Annual report on the working of the lock hospitals in the Central Provinces
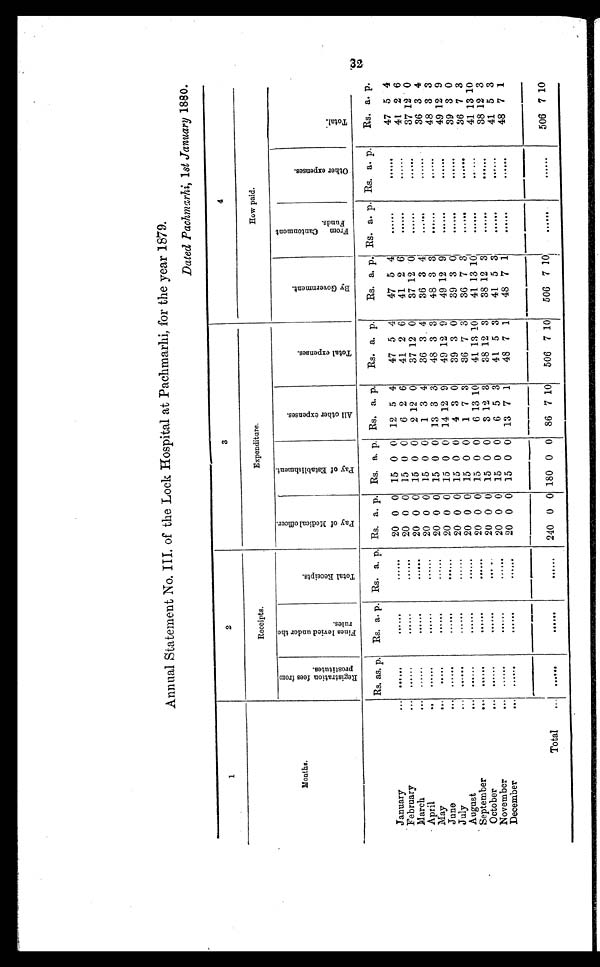
32
Annual Statement No. III, of the Lock Hospital at Pachmarhi, for the year 1879.
Dated Pachmarhi, 1st January 1880.
1
2
3
4
M o n t h s
Receipts.
Expenditure.
How paid.
R e g i s t r a t i o n f e e s f r o m p r o s t i t u t e s .
F i n e s l e v i e d u n d e r t h e r u l e s .
T o t a l R e c e i p t s .
P a y o f M e d i c a l o f f i c e r .
P a y o f E s t a b l i s h m e n t .
A l l o t h e r e x p e n s e s .
T o t a l e x p e n s e s .
B y G o v e r n m e n t .
F r o m C a n t o n m e n t F u n d s .
O t h e r e x p e n s e s .
T o t a l .
Rs. as. p. Rs. a. p. Rs. a. p. Rs. a. p. Rs. a. p. Rs. a. p.
Rs. a. p.
Rs. a. p. Rs. a. p. Rs. a. p.
Rs. a. p.
January
... ......
. . . . . . ......
20 0 0 15 0 0 12 5 4
47 5 4
47 5 4
......
......
47 5 4
February
... ......
......
......
20 0 0 15 0 0
6 2 6
41 2 6
41 2 6 ......
......
41 2 6
March
... ......
......
. . . . . .
20 0 0 15 0 0
2 12 0
37 12 0
37 12 0 ......
......
37 12 0
April
... ......
......
......
20 0 0 15 0 0
1 3 4
36 3 4
36 3 4
......
......
36 3 4
May
... ......
......
......
20 0 0 15 0 0 13 3 3
48 3 3
48 3 3
............
48 3 3
June
... ......
......
......
20 0 0 15 0 0 14 12 9
49 12 9
49 12 9
......
......
49 12 9
July
...
. . . . . .
......
......
20 0 0 15 0 0
4 3 0
39 3 0
39 3 0
............
39 3 0
August
...
. . . . . .
......
......
20 0 0 15 0 0
1 7 3
36 7 3
36 7 3
......
......
36 7 3
September
... ......
......
......
20 0 0 15 0 0
6 13 10
41 13 10
41 13 10......
. . . . . .
41 13 10
October
. . . ......
......
......
20 0 0 15 0 0
3 12 3
38 12 3
38 12 3 ......
......
38 12 3
November
... ......
......
......
20 0 0 15 0 0
6 5 3
41 5 3
41 5 3
......
. . . . . .
41 5 3
December
...
......
......
......
20 0 0 15 0 0 13 7 1
48 7 1
48 7 1
......
......
48 7 1
Total
. . . ......
......
......
240 0 0 180 0 0 86 7 10
506 7 10
506 7 10
......
. . . . . .
506 7 10